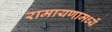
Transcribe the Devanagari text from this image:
रामायणामध्यें